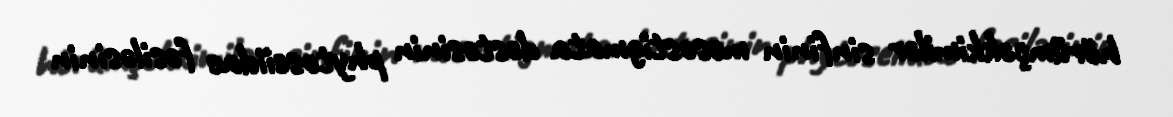
hörümçəkkimilər sinfinin mesostigmata dəstəsinin phytoseiidae fəsiləsinin